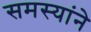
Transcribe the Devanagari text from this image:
समस्यांने